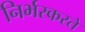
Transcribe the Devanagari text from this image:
निर्भरकरते